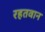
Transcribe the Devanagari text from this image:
रहतवान